DOW-UAP-D49, Launch Summary, Vandenberg AFB, 2000
Agency: Department of War
Incident date: 2/3/00
Page 32
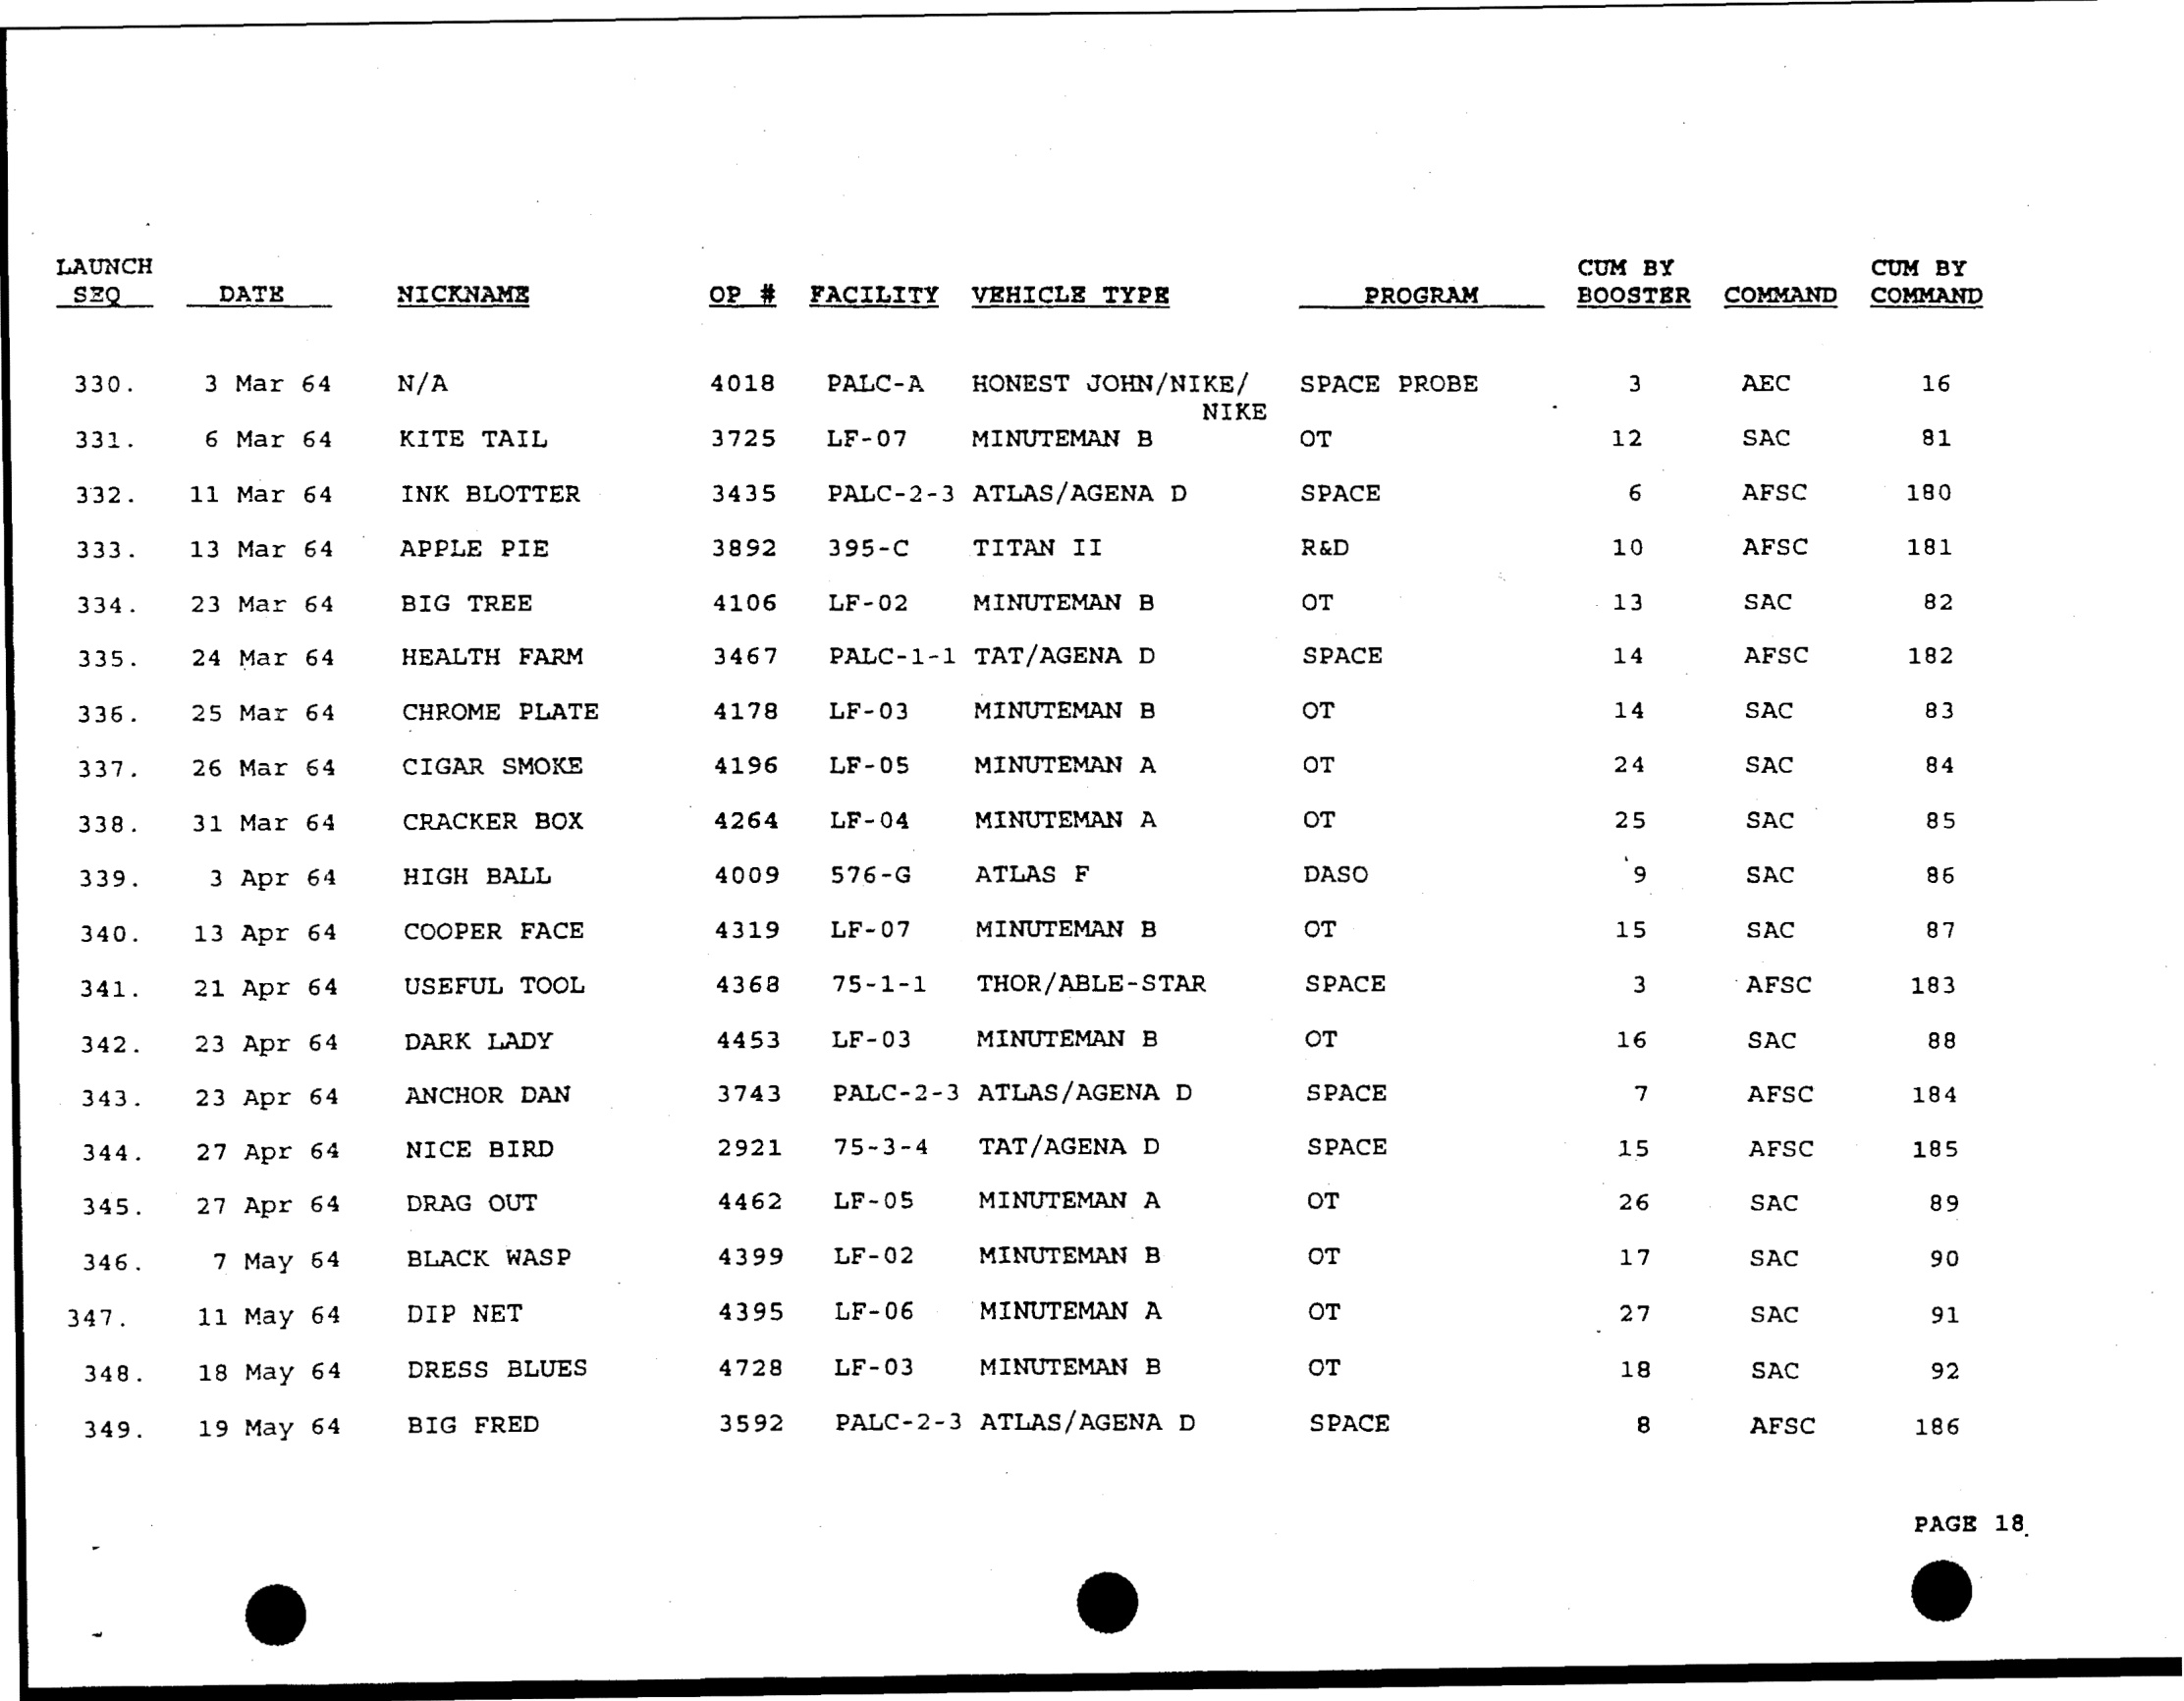